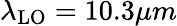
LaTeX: \lambda_{\mathrm{LO}}=10.3\mu m